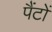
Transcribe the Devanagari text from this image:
पैंटों